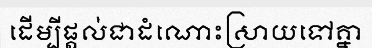
ដើម្បីផ្តល់ជាដំណោះស្រាយទៅគ្នា